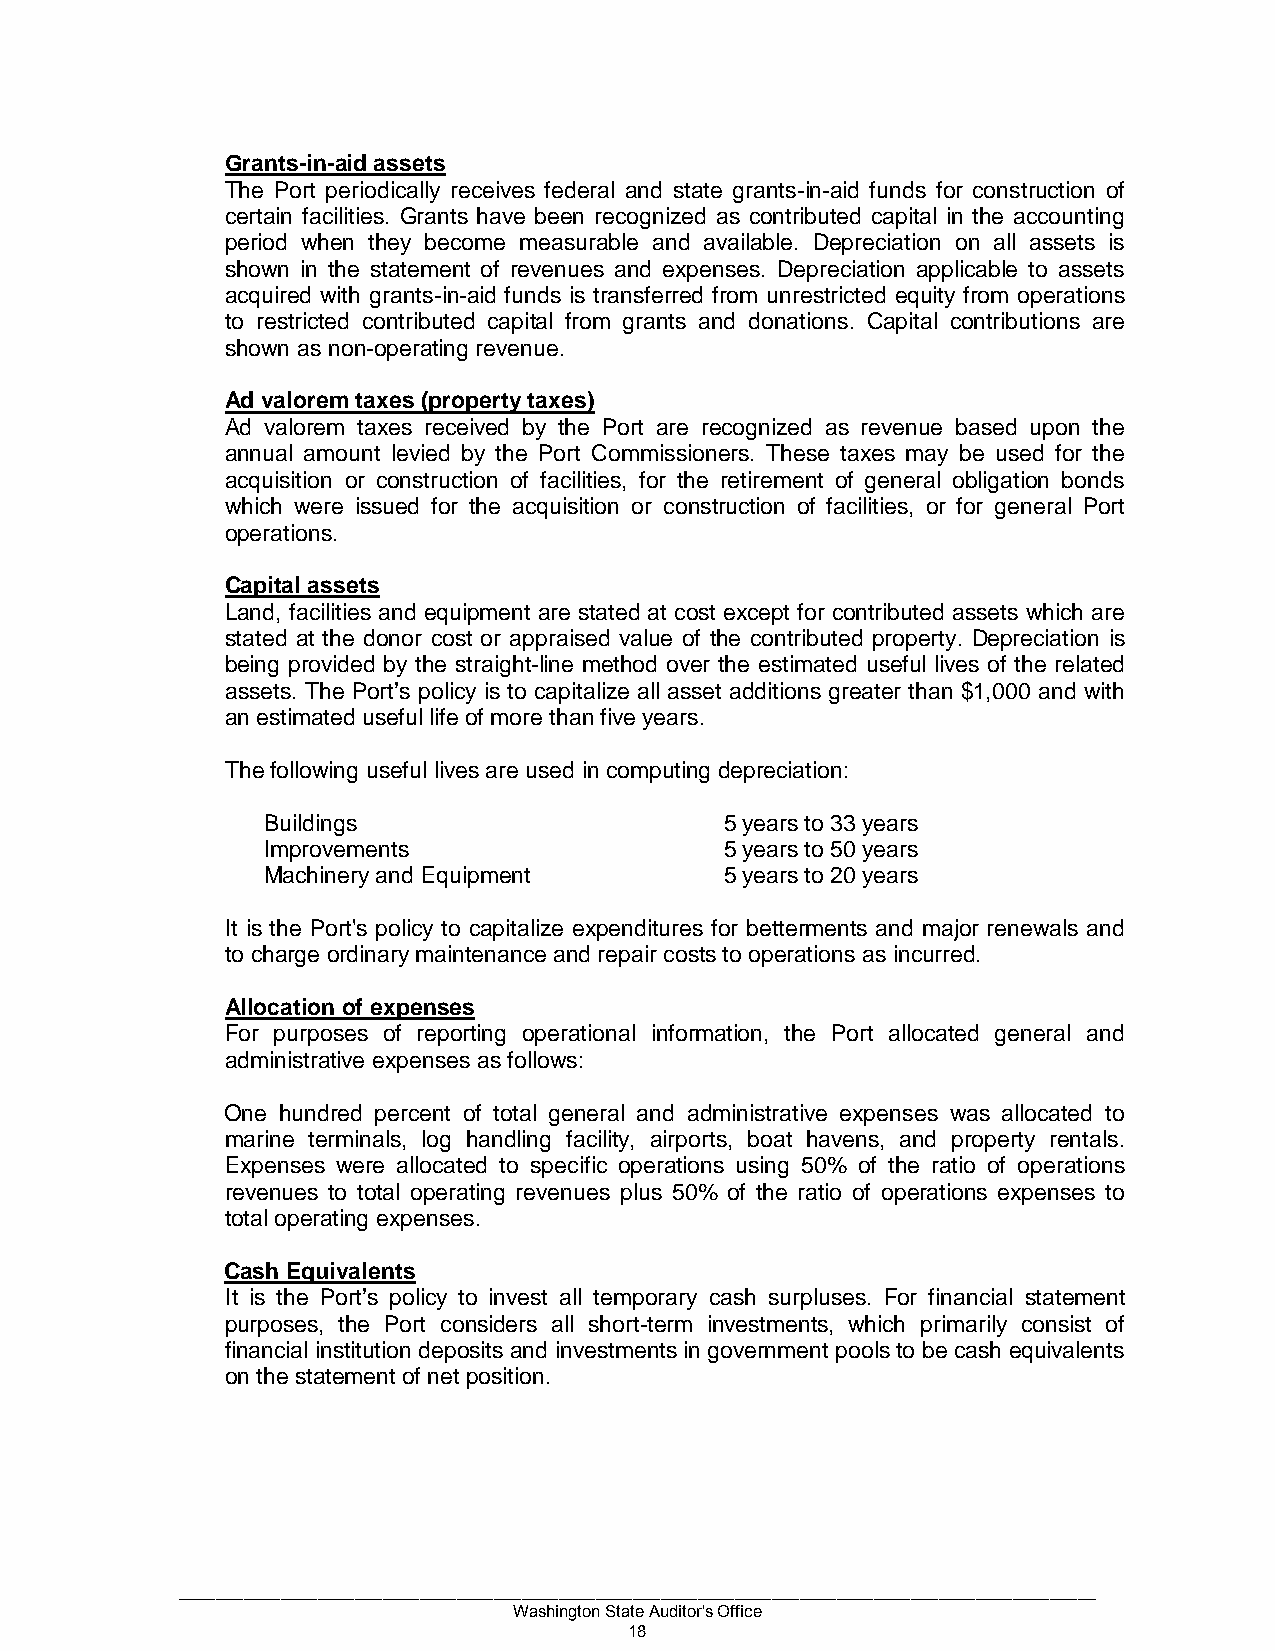
Grants-in-aid assets
 The Port periodically receives federal and state grants-in-aid funds for construction of
 certain facilities. Grants have been recognized as contributed capital in the accounting
 period when they become measurable and available. Depreciation on all assets is
 shown in the statement of revenues and expenses. Depreciation applicable to assets
 acquired with grants-in-aid funds is transferred from unrestricted equity from operations
 to restricted contributed capital from grants and donations. Capital contributions are
 shown as non-operating revenue.
 Ad valorem taxes (property taxes)
 Ad valorem taxes received by the Port are recognized as revenue based upon the
 annual amount levied by the Port Commissioners. These taxes may be used for the
 acquisition or construction of facilities, for the retirement of general obligation bonds
 which were issued for the acquisition or construction of facilities, or for general Port
 operations.
 Capital assets
 Land, facilities and equipment are stated at cost except for contributed assets which are
 stated at the donor cost or appraised value of the contributed property. Depreciation is
 being provided by the straight-line method over the estimated useful lives of the related
 assets. The Port’s policy is to capitalize all asset additions greater than $1,000 and with
 an estimated useful life of more than five years.
 The following useful lives are used in computing depreciation:
 Buildings                      5 years to 33 years
 Improvements                   5 years to 50 years
 Machinery and Equipment        5 years to 20 years
 It is the Port's policy to capitalize expenditures for betterments and major renewals and
 to charge ordinary maintenance and repair costs to operations as incurred.
 Allocation of expenses
 For purposes of reporting operational information, the Port allocated general and
 administrative expenses as follows:
 One hundred percent of total general and administrative expenses was allocated to
 marine terminals, log handling facility, airports, boat havens, and property rentals.
 Expenses were allocated to specific operations using 50% of the ratio of operations
 revenues to total operating revenues plus 50% of the ratio of operations expenses to
 total operating expenses.
 Cash Equivalents
 It is the Port’s policy to invest all temporary cash surpluses. For financial statement
 purposes, the Port considers all short-term investments, which primarily consist of
 financial institution deposits and investments in government pools to be cash equivalents
 on the statement of net position.
 ___________________________________________________________________________________________________
 Washington State Auditor's Office
 18